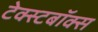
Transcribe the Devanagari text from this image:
टेक्स्टबॉक्स